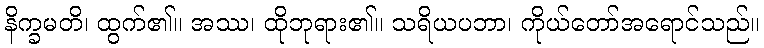
နိက္ခမတိ၊ ထွက်၏။ အဿ၊ ထိုဘုရား၏။ သရိယပဘာ၊ ကိုယ်တော်အရောင်သည်။